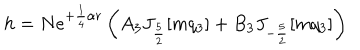
h = N e ^ { + \frac { 1 } { 4 } \alpha r } \left( A _ { 3 } J _ { \frac { 5 } { 2 } } [ m q _ { 3 } ] + B _ { 3 } J _ { - \frac { 5 } { 2 } } [ m q _ { 3 } ] \right)